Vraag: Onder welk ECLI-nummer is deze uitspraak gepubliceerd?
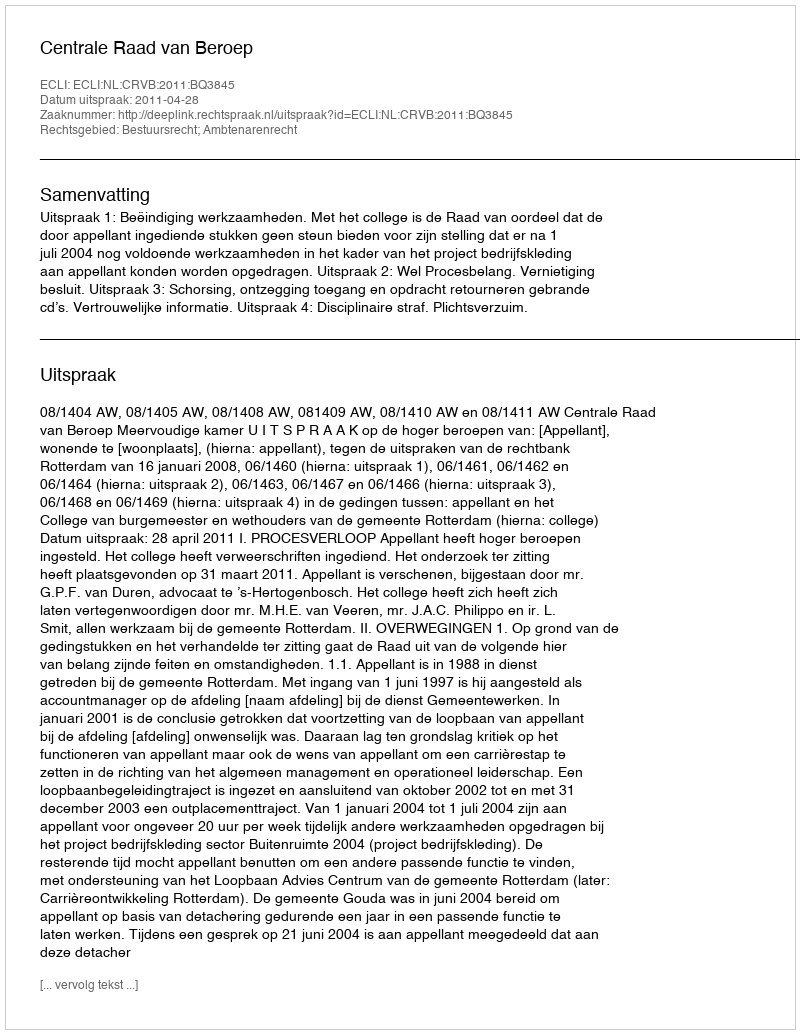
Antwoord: ECLI:NL:CRVB:2011:BQ3845